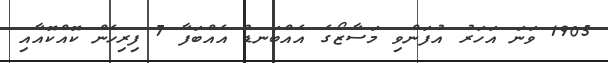
1905 ވަނަ އަހަރު އުފަންވި މަސާޒޯގެ އެއްބަނޑު އެއްބަފާ 7 ފިރިހެން ކޮއްކޮއާއި